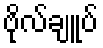
ဗိုလ်ချူပ်